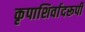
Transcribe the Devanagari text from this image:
कृपाशिर्वादरूपी